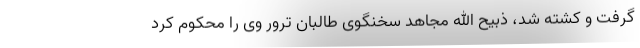
گرفت و کشته شد، ذبیح الله مجاهد سخنگوی طالبان ترور وی را محکوم کرد